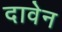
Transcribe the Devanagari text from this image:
दावेन